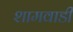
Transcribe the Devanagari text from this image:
शामवाडी